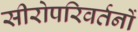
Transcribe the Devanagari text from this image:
सीरोपरिवर्तनों